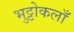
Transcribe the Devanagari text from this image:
भुट्टोकलाँ